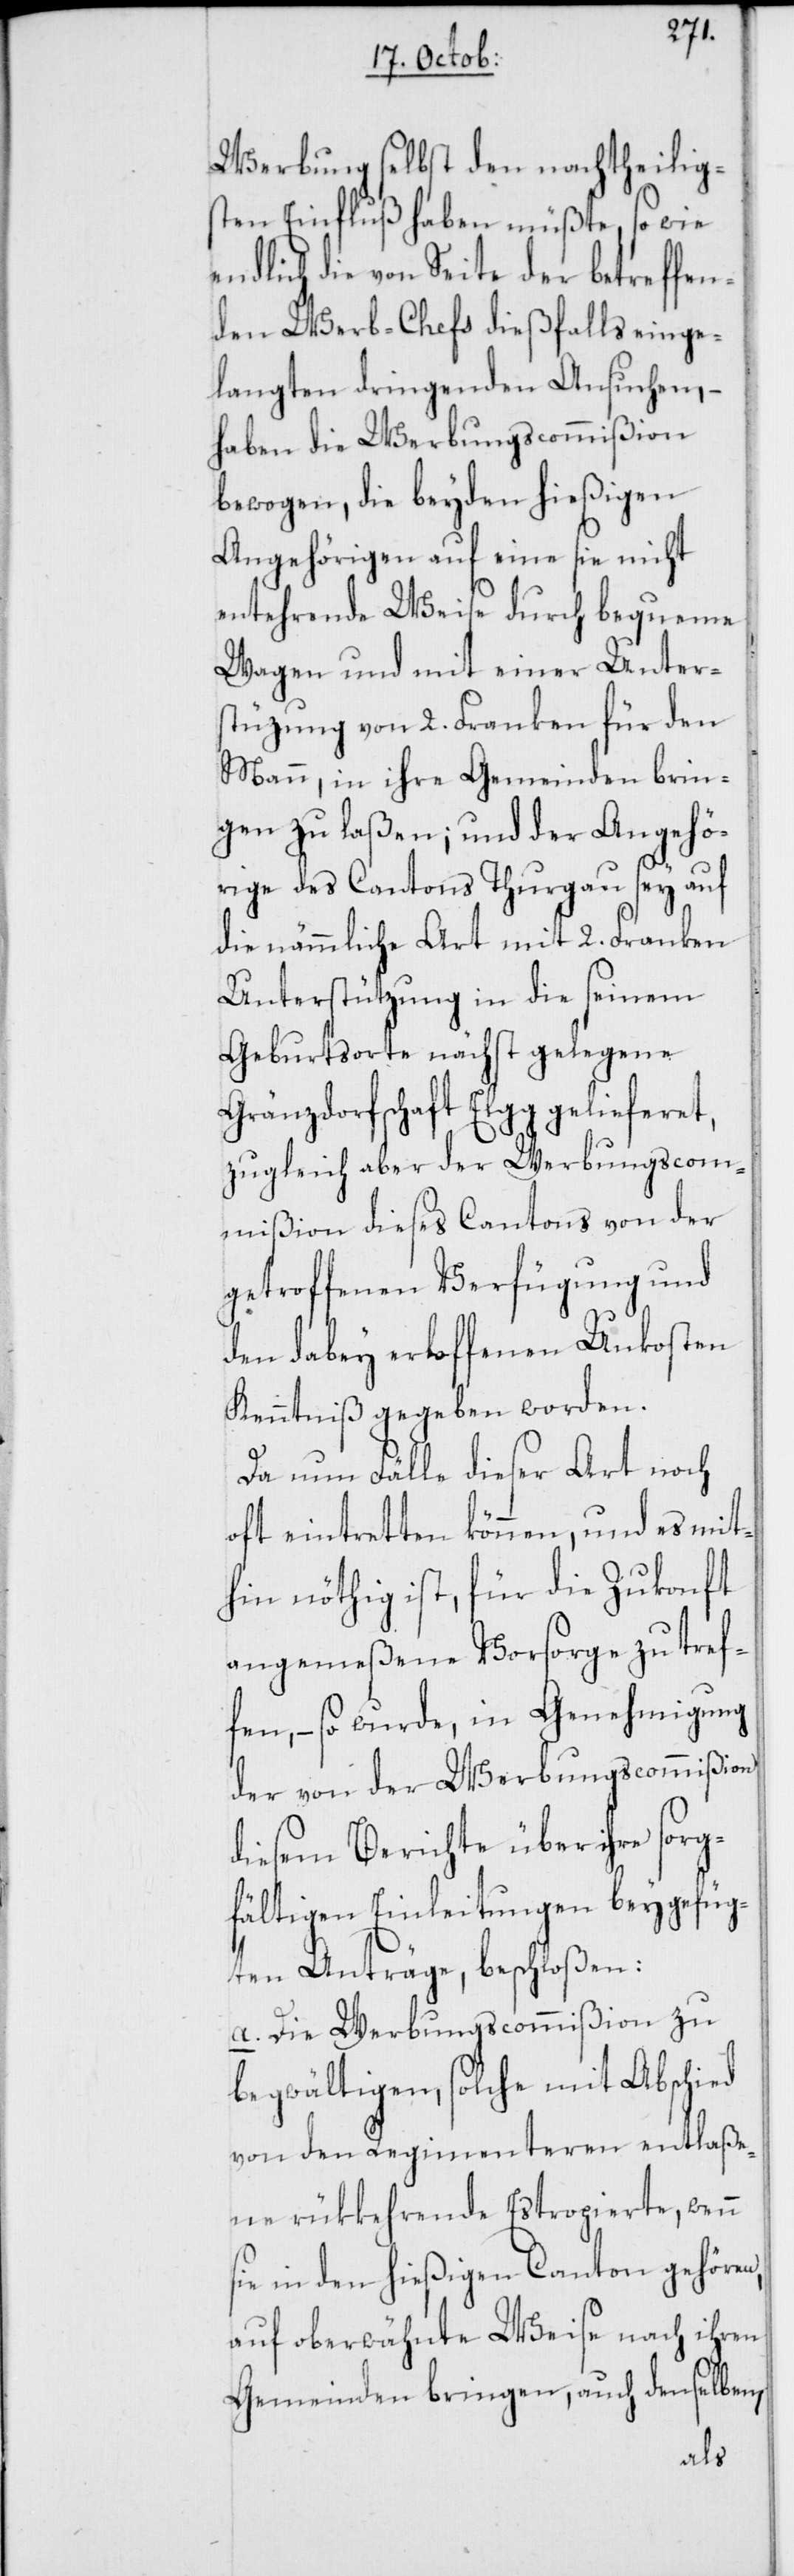
Werbung selbst den nachtheilig¬
sten Einfluß haben müßte, so wie
endlich die von Seite der betreffen¬
den Werb-Chefs dießfalls einge¬
langten dringenden Ansuchen, –
haben die Werbungscommißion
bewogen, die beyden hießigen
Angehörigen auf eine sie nicht
entehrende Weise durch bequeme
Wagen und mit einer Unter¬
stüzung von 2. Franken für den
Mann, in ihre Gemeinden brin¬
gen zu laßen, und der Angehö¬
rige des Cantons Thurgau sey auf
die nämmliche Art mit 2. Franken
Unterstützung in die seinem
Geburtsorte nächst gelegene
Gränzdorfschaft Elgg gelieferet,
zugleich aber der Werbungscom¬
mißion dieses Cantons von der
getroffenen Verfügung und
den dabey erloffenen Unkosten
Kenntniß gegeben worden.
Da nun Fälle dieser Art noch
oft eintretten können, und es mit¬
hin nöthig ist, für die Zukonft
angemeßene Vorsorge zu tref¬
fen, – so wurde, in Genehmigung
der von der Werbungscommißion
diesem Berichte über ihre sorg¬
fältigen Einleitungen beygefüg¬
ten Anträge, beschloßen:
a.) Die Werbungscommißion zu
begwältigen, solche mit Abschied
von den Regimenteren entlaße¬
ne rükkehrende Estropierte, wenn
sie in den hießigen Canton gehören,
auf oberwähnte Weise nach ihren
Gemeinden bringen, auch denselben,